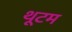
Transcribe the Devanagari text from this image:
थूटम